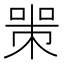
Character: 𠷽